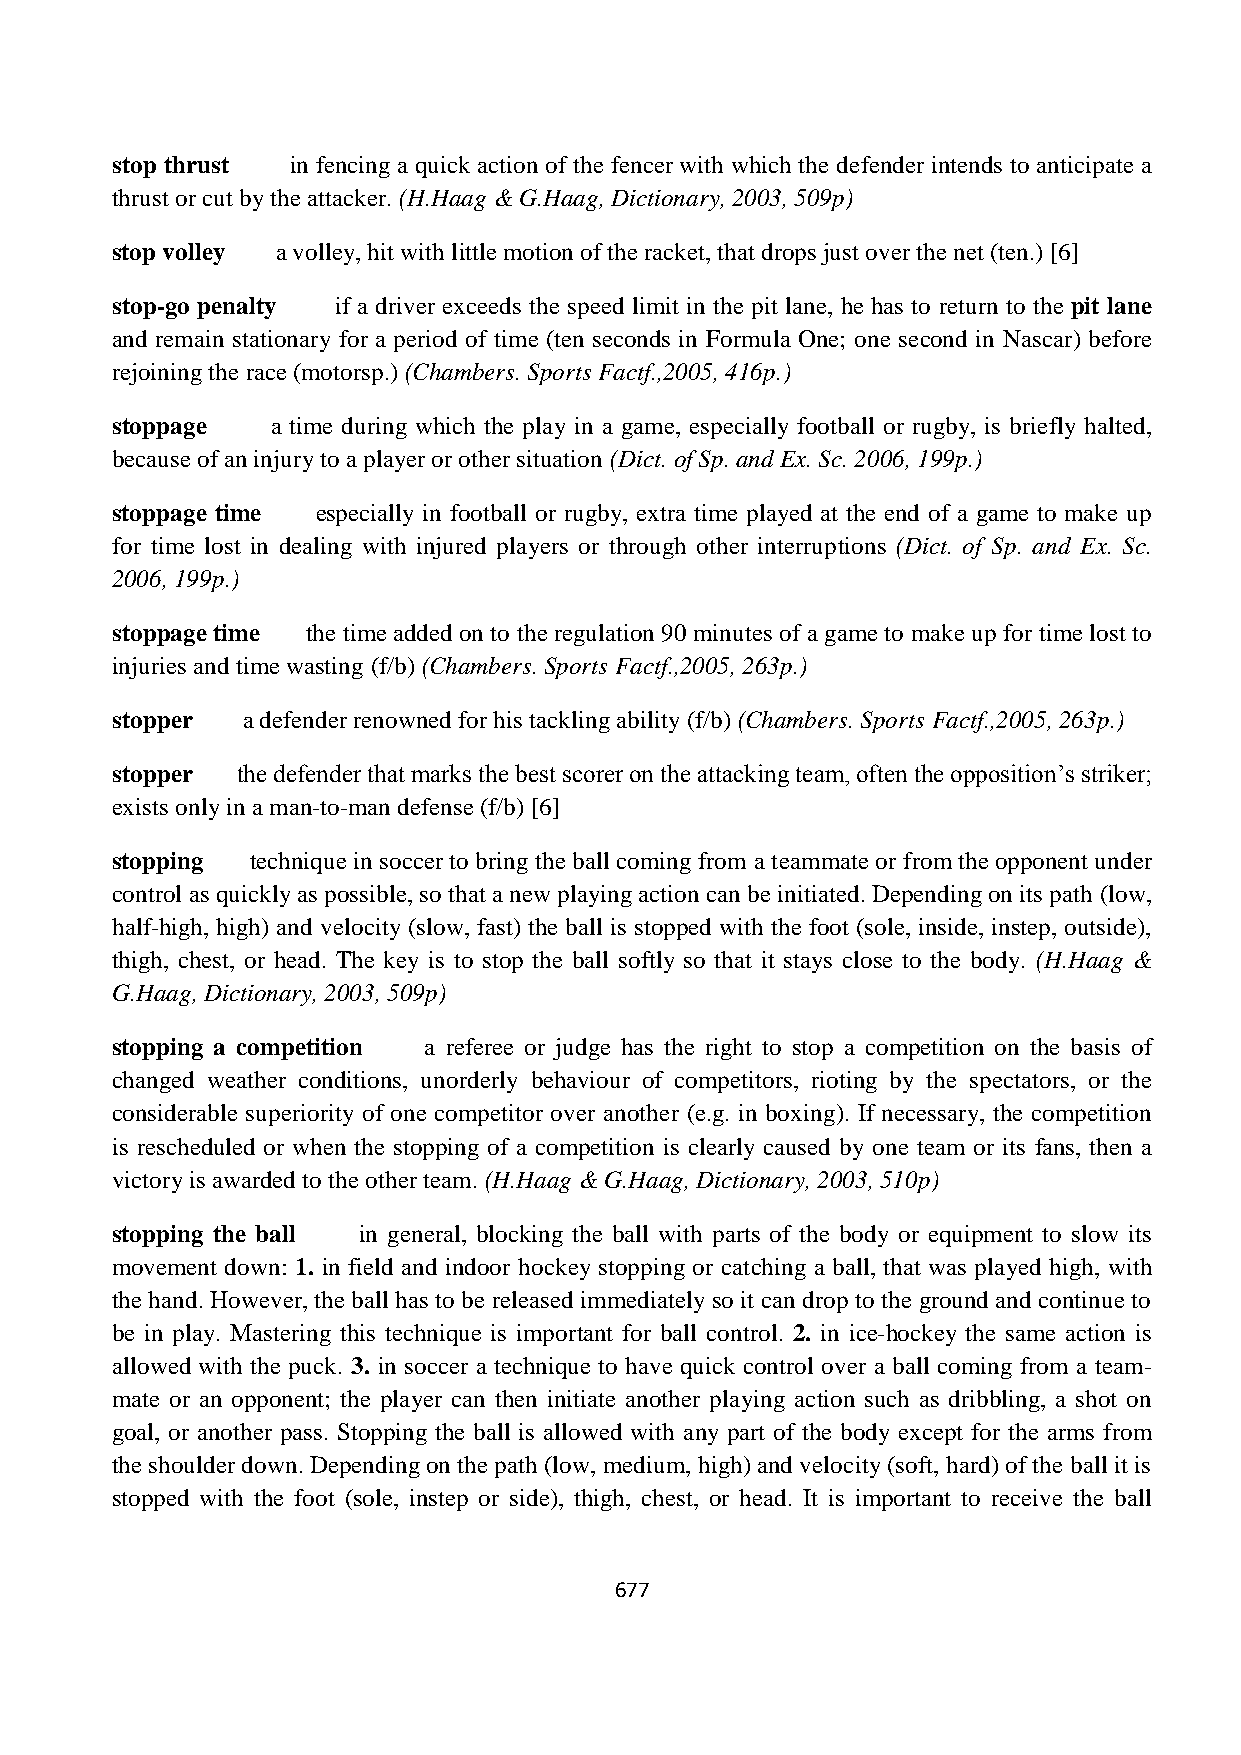
stop thrust in fencing a quick action of the fencer with which the defender intends to anticipate a
 thrust or cut by the attacker. (H.Haag & G.Haag, Dictionary, 2003, 509p)
 stop volley a volley, hit with little motion of the racket, that drops just over the net (ten.) [6]
 stop-go penalty if a driver exceeds the speed limit in the pit lane, he has to return to the pit lane
 and remain stationary for a period of time (ten seconds in Formula One; one second in Nascar) before
 rejoining the race (motorsp.) (Chambers. Sports Factf.,2005, 416p.)
 stoppage   a time during which the play in a game, especially football or rugby, is briefly halted,
 because of an injury to a player or other situation (Dict. of Sp. and Ex. Sc. 2006, 199p.)
 stoppage time especially in football or rugby, extra time played at the end of a game to make up
 for time lost in dealing with injured players or through other interruptions (Dict. of Sp. and Ex. Sc.
 2006, 199p.)
 stoppage time the time added on to the regulation 90 minutes of a game to make up for time lost to
 injuries and time wasting (f/b) (Chambers. Sports Factf.,2005, 263p.)
 stopper  a defender renowned for his tackling ability (f/b) (Chambers. Sports Factf.,2005, 263p.)
 stopper  the defender that marks the best scorer on the attacking team, often the opposition‟s striker;
 exists only in a man-to-man defense (f/b) [6]
 stopping  technique in soccer to bring the ball coming from a teammate or from the opponent under
 control as quickly as possible, so that a new playing action can be initiated. Depending on its path (low,
 half-high, high) and velocity (slow, fast) the ball is stopped with the foot (sole, inside, instep, outside),
 thigh, chest, or head. The key is to stop the ball softly so that it stays close to the body. (H.Haag &
 G.Haag, Dictionary, 2003, 509p)
 stopping a competition a referee or judge has the right to stop a competition on the basis of
 changed weather conditions, unorderly behaviour of competitors, rioting by the spectators, or the
 considerable superiority of one competitor over another (e.g. in boxing). If necessary, the competition
 is rescheduled or when the stopping of a competition is clearly caused by one team or its fans, then a
 victory is awarded to the other team. (H.Haag & G.Haag, Dictionary, 2003, 510p)
 stopping the ball in general, blocking the ball with parts of the body or equipment to slow its
 movement down: 1. in field and indoor hockey stopping or catching a ball, that was played high, with
 the hand. However, the ball has to be released immediately so it can drop to the ground and continue to
 be in play. Mastering this technique is important for ball control. 2. in ice-hockey the same action is
 allowed with the puck. 3. in soccer a technique to have quick control over a ball coming from a team-
 mate or an opponent; the player can then initiate another playing action such as dribbling, a shot on
 goal, or another pass. Stopping the ball is allowed with any part of the body except for the arms from
 the shoulder down. Depending on the path (low, medium, high) and velocity (soft, hard) of the ball it is
 stopped with the foot (sole, instep or side), thigh, chest, or head. It is important to receive the ball
 677